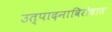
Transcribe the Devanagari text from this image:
उत्पादनाविरोधात